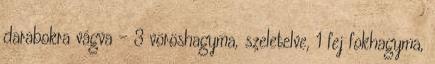
darabokra vágva - 3 vöröshagyma, szeletelve, 1 fej fokhagyma,